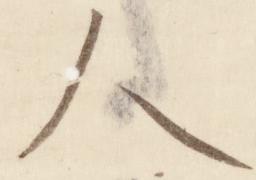
人